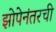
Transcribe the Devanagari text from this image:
झोपेनंतरची